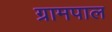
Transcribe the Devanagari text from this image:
ग्रामपाल